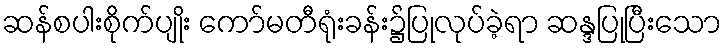
ဆန်စပါးစိုက်ပျိုး ကော်မတီရုံးခန်း၌ပြုလုပ်ခဲ့ရာ ဆန္ဒပြုပြီးသော